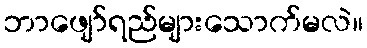
ဘာဖျော်ရည်များသောက်မလဲ။